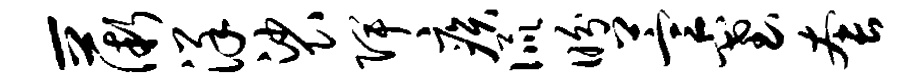
-薇详裟陴疾侃盼萱塞套